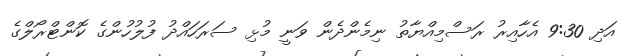
އަދި 9:30 އެހާއިރު ރަސްމިއްޔާތު ނިމެންދެން ވަނީ މުޅި ސަރަހައްދު ފުލުހުންގެ ކޮންޓްރޯލްގެ